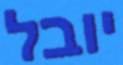
יובל